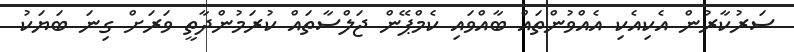
ސަރުކާރުން އެކިއެކި އެއްވުންތައް ބާއްވައި ކެމްޕޭން ޖަލްސާތައް ކުރަމުންދާތީ ވަރަށް ގިނަ ބަޔަކު